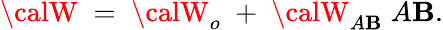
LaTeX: {\calW}\; =\; {\calW}_{o}\; +\; {\calW}_{A\mathbf{B}}\; A\mathbf{B}.